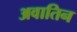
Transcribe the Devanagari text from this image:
अवातिन